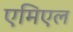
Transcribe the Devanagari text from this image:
एमिएल